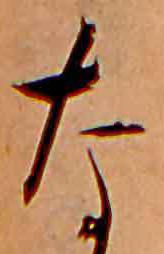
な